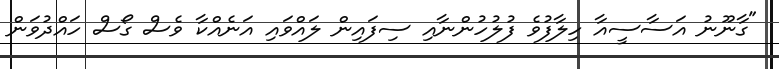
"ގާނޫނު އަސާސީއާ ހިލާފުވެ ފުލުހުންނާއި ސިފައިން ލައްވައި އަނެއްކާ ވެސް ގޯސް ހައްދުވަން